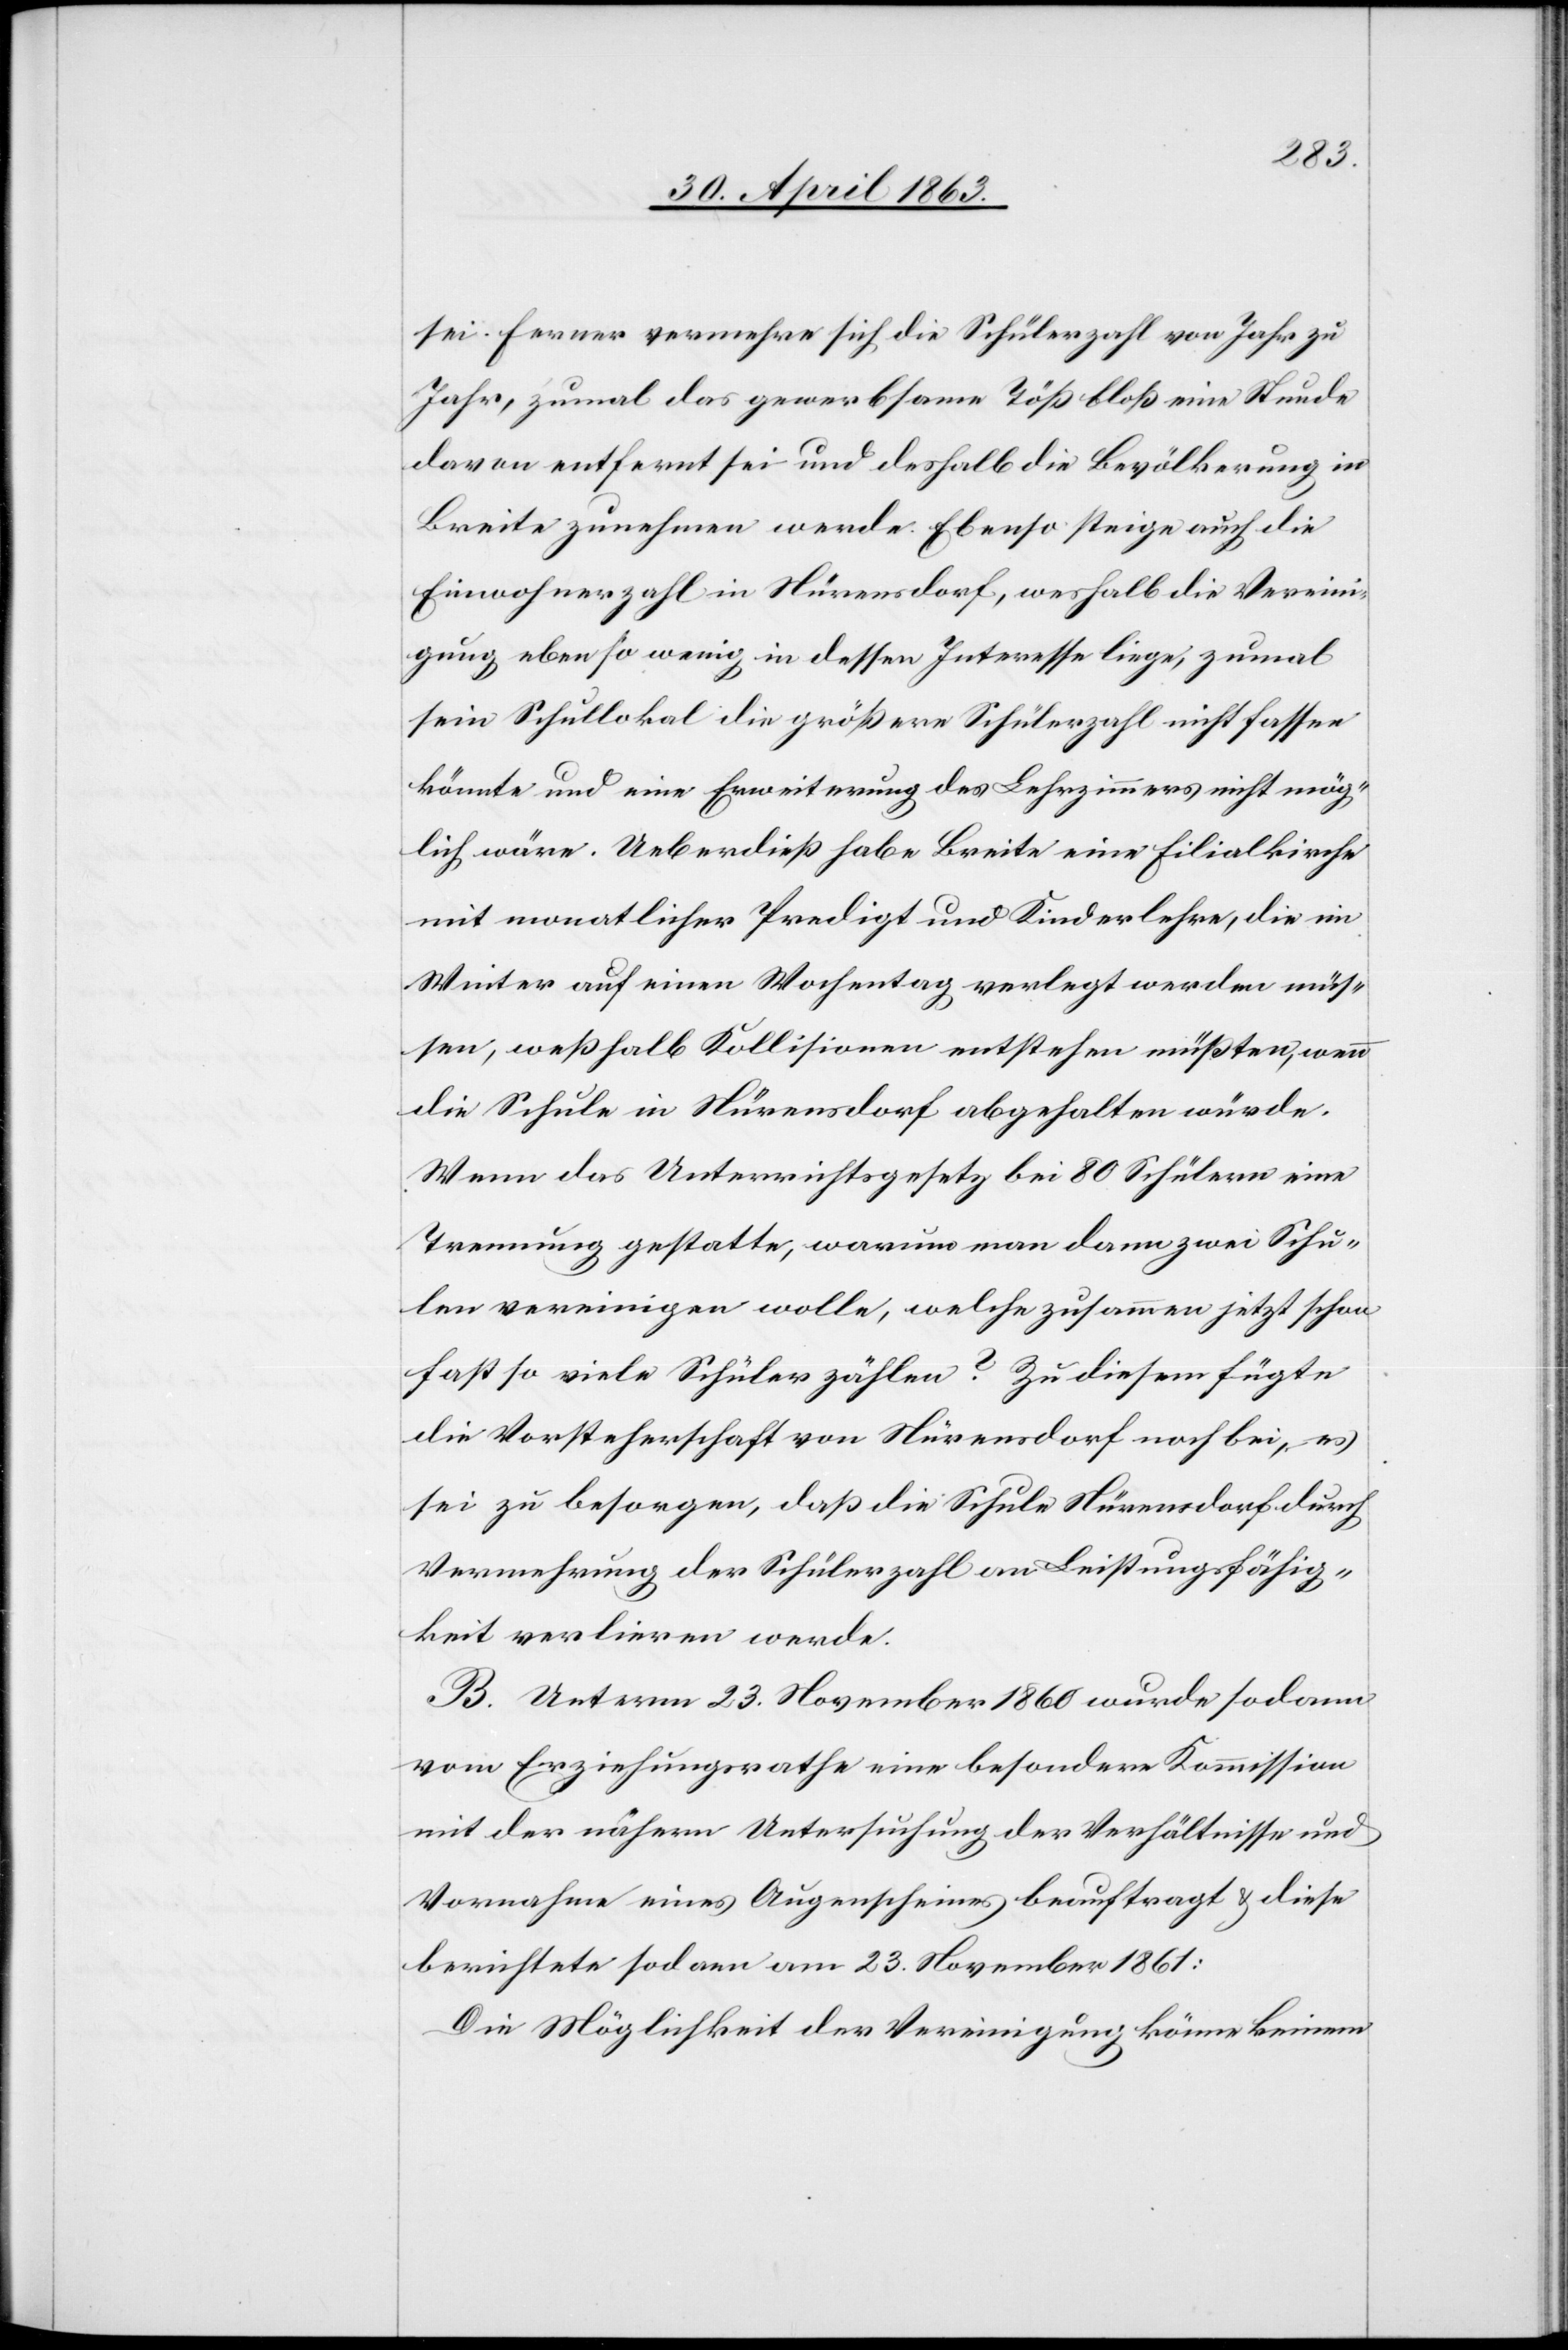
sei. Ferner vermehre sich die Schülerzahl von Jahr zu
Jahr, zumal das gewerbsame Töß bloß eine Stunde
davon entfernt sei und deshalb die Bevölkerung in
Breite zunehmen werde. Ebenso steige auch die
Einwohnerzahl in Nürensdorf, weshalb die Vereini¬
gung ebenso wenig in dessen Interesse liege, zumal
sein Schullokal die größere Schülerzahl nicht fassen
könnte und eine Erweiterung des Lehrzimmers nicht mög¬
lich wäre. Ueberdieß habe Breite eine Filialkirche
mit monatlicher Predigt und Kinderlehre, die im
Winter auf einen Wochentag verlegt werden müs¬
sen, weßhalb Kollisionen entstehen müßten, wenn
die Schule in Nürensdorf abgehalten würde.
Wenn das Unterrichtsgesetz bei 80 Schülern eine
Trennung gestatte, warum man dann zwei Schu¬
len vereinigen wolle, welche zusammen jetzt schon
fast so viele Schüler zählen? Zu diesem fügte
die Vorsteherschaft von Nürensdorf noch bei, es
sei zu besorgen, daß die Schule Nürensdorf durch
Vermehrung der Schülerzahl an Leistungsfähig¬
keit verlieren werde.
B. Unterm 23. November 1860 wurde sodann
vom Erziehungsrathe eine besondere Kommission
mit der nähern Untersuchung der Verhältnisse und
Vornahme eines Augenscheines beauftragt & diese
berichtete sodann am 23. November 1861:
Die Möglichkeit der Vereinigung könne keinem